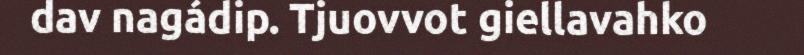
dav nagádip. Tjuovvot giellavahko